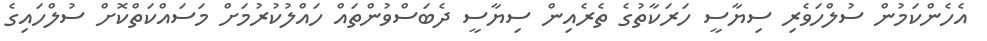
އެހެންކަމުން ސުލްހަވެރި ސިޔާސީ ހަރަކާތުގެ ތެރެއިން ސިޔާސީ ދެބަސްވުންތައް ހައްލުކުރުމަށް މަސައްކަތްކޮށް ސުލްހައިގެ